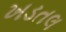
ખડતલ